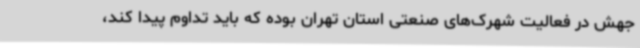
جهش در فعالیت شهرک‌های صنعتی استان تهران بوده که باید تداوم پیدا کند،